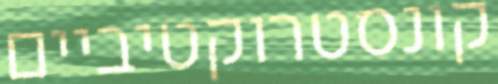
קונסטרוקטיביים